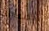
المباراة